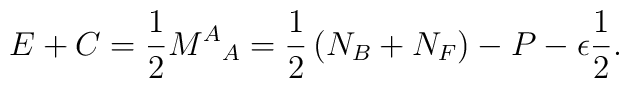
E + C = \frac{1}{2} {M^A}_A = \frac{1}{2} \left( N_B + N_F \right) -         P - \epsilon \frac{1}{2} .